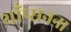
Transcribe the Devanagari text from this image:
थाँप्सनना